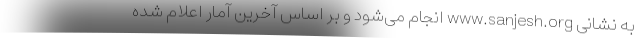
به نشانی www.sanjesh.org انجام می‌شود و بر اساس آخرین آمار اعلام شده